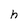
Character: h